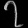
Digit: ၇